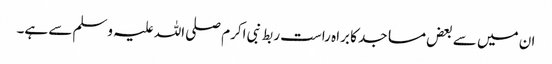
ان میں سے بعض مساجد کا براہ راست ربط نبی اکرم صلی اللہ علیہ وسلم سے ہے۔